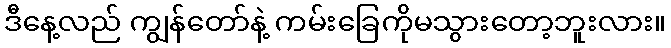
ဒီနေ့လည် ကျွန်တော်နဲ့ ကမ်းခြေကိုမသွားတော့ဘူးလား။